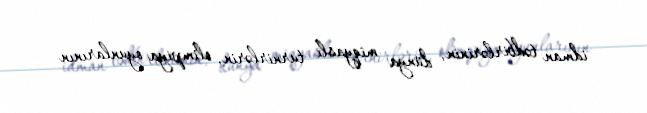
idman tədbirlərinin, dünya miqyaslı turnirlərin, olimpiya oyunlarının